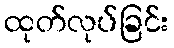
ထုတ်လုပ်ခြင်း